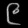
Digit: ၉